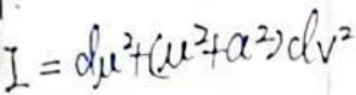
$I = d u ^ { 2 } + ( u ^ { 2 } + a ^ { 2 } ) d v ^ { 2 }$